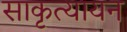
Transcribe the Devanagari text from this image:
साकृत्यायन